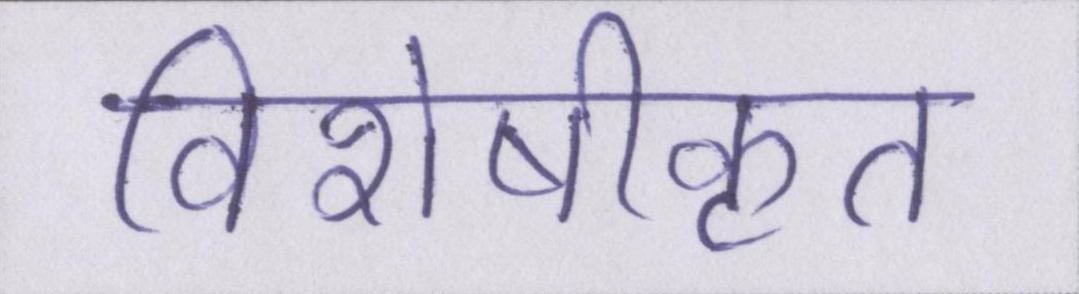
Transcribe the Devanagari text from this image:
विशेषीकृत